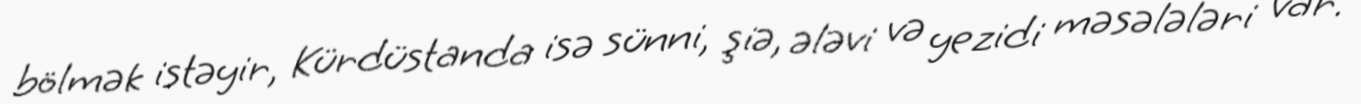
bölmək istəyir, Kürdüstanda isə sünni, şiə, ələvi və yezidi məsələləri var.